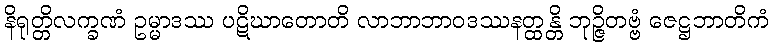
နိရုတ္တိလက္ခဏံ ဥမ္မာဒဿ ပဋိဃာတောတိ လာဘာဘာဝဒဿနတ္ထန္တိ ဘုဉ္ဇိတဗ္ဗံ ဇေဋ္ဌဘာတိကံ